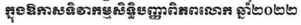
ក្នុងឱកាសទិវាកម្មសិទិ្ធបញ្ញាពិភពលោក ឆ្នាំ២០២២